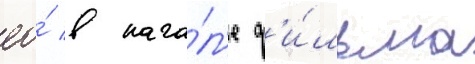
ео́ в нача́л'е ф'и́льма